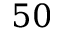
5 0